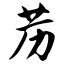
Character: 苈